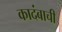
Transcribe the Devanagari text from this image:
कादंबाची